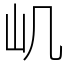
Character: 㞦